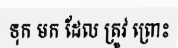
ទុក មក ដែល ត្រូវ ព្រោះ